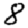
Digit: 8